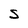
Character: S